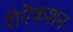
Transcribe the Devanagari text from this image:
रीऐकशन